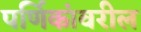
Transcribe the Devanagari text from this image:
पर्णिकांवरील